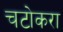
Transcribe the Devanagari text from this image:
चटोकरा